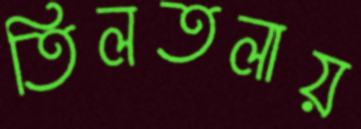
তিলতলায়